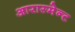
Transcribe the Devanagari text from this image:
आरास्मेन्ट